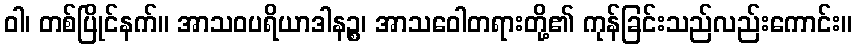
ဝါ၊ တစ်ပြိုင်နက်။ အာသဝပရိယာဒါနဉ္စ၊ အာသဝေါတရားတို့၏ ကုန်ခြင်းသည်လည်းကောင်း။